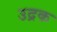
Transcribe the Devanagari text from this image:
उद्रक